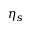
\eta _ { s }